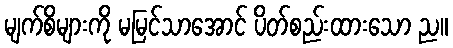
မျက်စိများကို မမြင်သာအောင် ပိတ်စည်းထားသော ည။